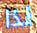
لذا